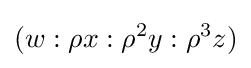
(w:\rho x:\rho ^{2}y:\rho ^{3}z)